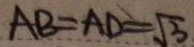
A B = A D = \sqrt { 3 }